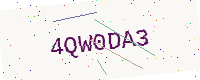
Text: 4QW0DA3